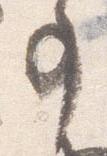
事